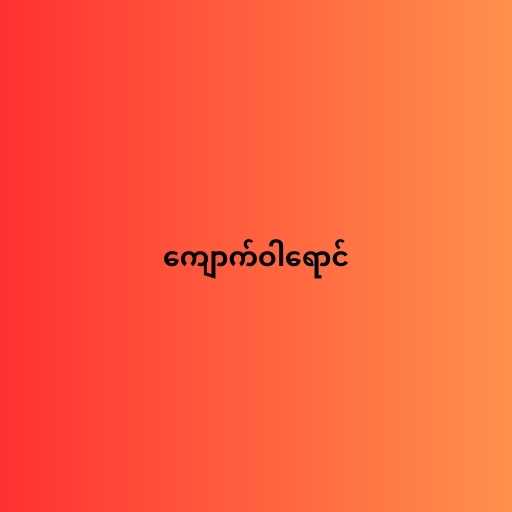
ကျောက်ဝါရောင်